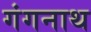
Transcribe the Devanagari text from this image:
गंगनाथ